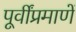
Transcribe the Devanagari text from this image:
पूर्वींप्रमाणें